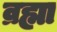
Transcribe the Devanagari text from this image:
व्रह्मा